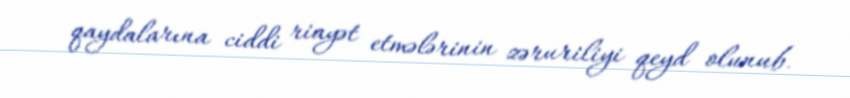
qaydalarına ciddi riayət etmələrinin zəruriliyi qeyd olunub.